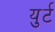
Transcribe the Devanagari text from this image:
युर्ट